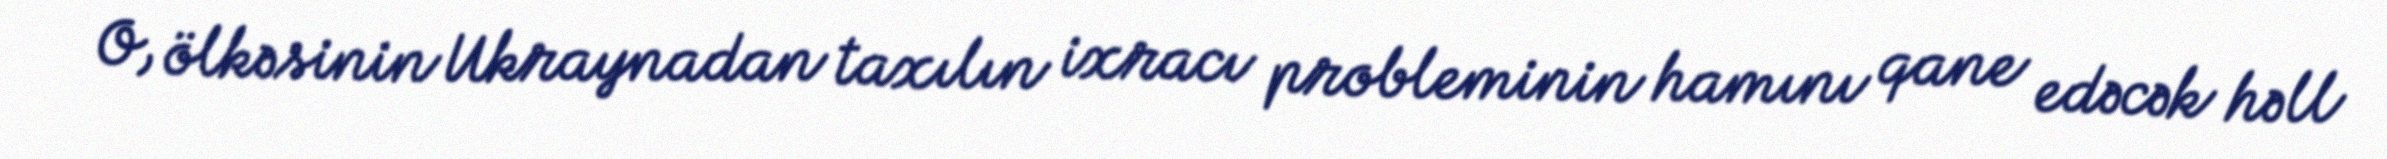
O, ölkəsinin Ukraynadan taxılın ixracı probleminin hamını qane edəcək həll